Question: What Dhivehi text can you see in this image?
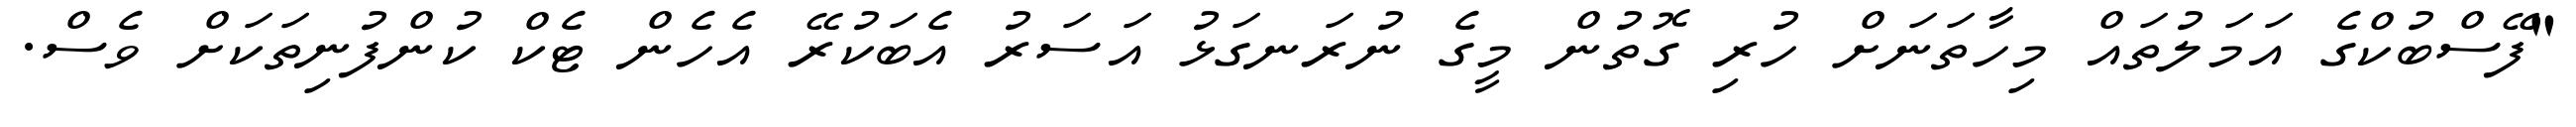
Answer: "ފޭސްބުކްގެ އަމަލުތައް މިހާތަނަށް ހުރި ގޮތުން މީގެ ނުރަނގަޅު އަސަރު އެބަކުރޭ އެހެން ޓެކް ކުންފުނިތަކަށް ވެސް.